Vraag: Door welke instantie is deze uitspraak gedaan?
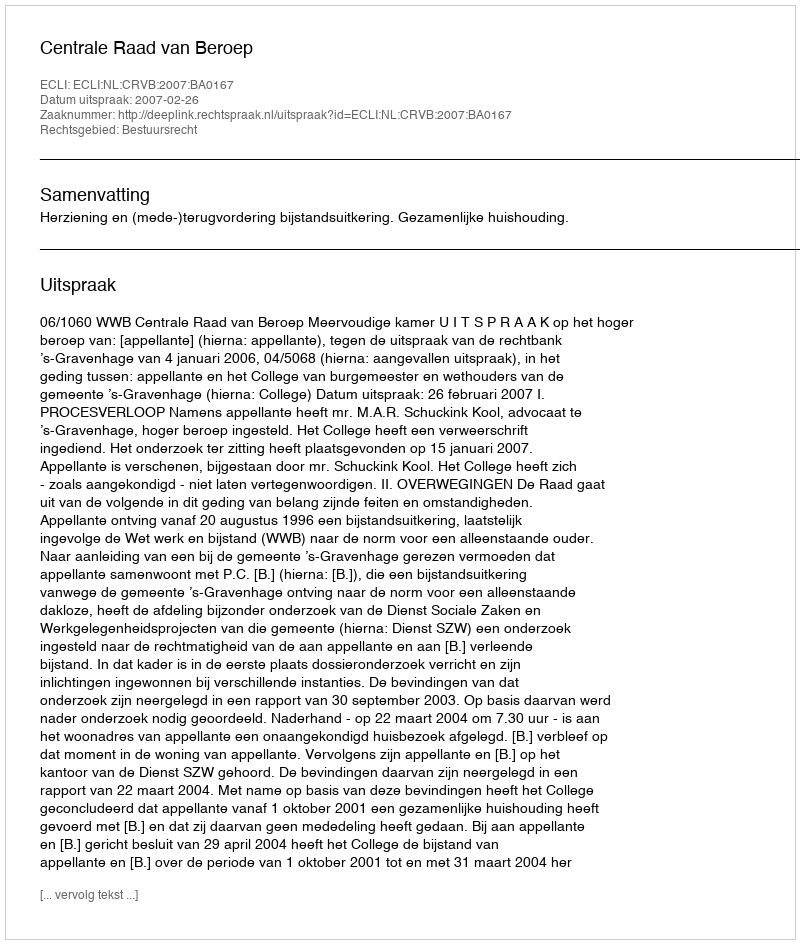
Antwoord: Centrale Raad van Beroep